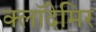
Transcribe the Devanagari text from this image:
क्लॉदेमिर